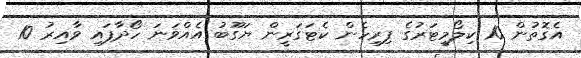
އެގޮތުން 10 ކިލޯމީޓަރުގެ ފިރިހެން ކެޓަގަރީން ޔަގޫބު އެއްވަނަ ހޯދާފައި ވާއިރު 10